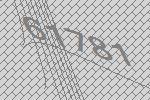
61781